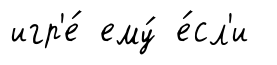
игр'е́ ему́ е́сл'и